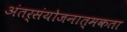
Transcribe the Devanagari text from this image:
अंतर्संयोजनात्मकता